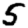
Digit: 5